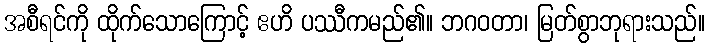
အစီရင်ကို ထိုက်သောကြောင့် ဧဟိ ပဿီကမည်၏။ ဘဂဝတာ၊ မြတ်စွာဘုရားသည်။